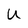
Character: U